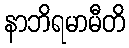
နာဘိရမာမီတိ